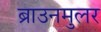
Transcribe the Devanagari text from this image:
ब्राउनमुलर